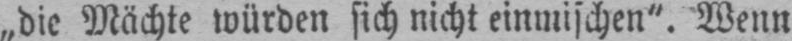
„die Mächte würden sich nicht einmischen“. Wenn